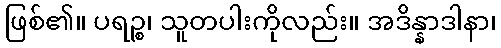
ဖြစ်၏။ ပရဉ္စ၊ သူတပါးကိုလည်း။ အဒိန္နာဒါနာ၊